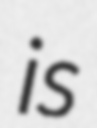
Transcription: is